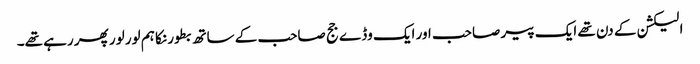
الیکشن کے دن تھے ایک پیر صاحب اور ایک وڈے جج صاحب کے ساتھ بطور نکا ہم لور لور پھر رہے تھے۔